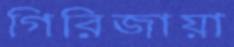
গিরিজায়া